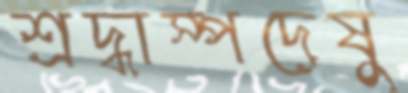
শ্রদ্ধাস্পদেষু